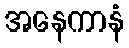
အနေကာနံ